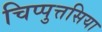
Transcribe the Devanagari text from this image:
चिप्पुत्तसिया